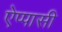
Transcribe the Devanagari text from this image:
ऐप्पासी